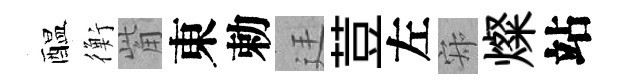
醖衡觜東勅廷荳左寂燦站